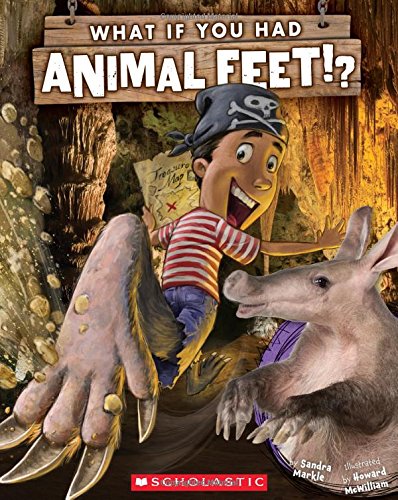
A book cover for What If You Had Animal Feet?; Sandra Markle; Children's Books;